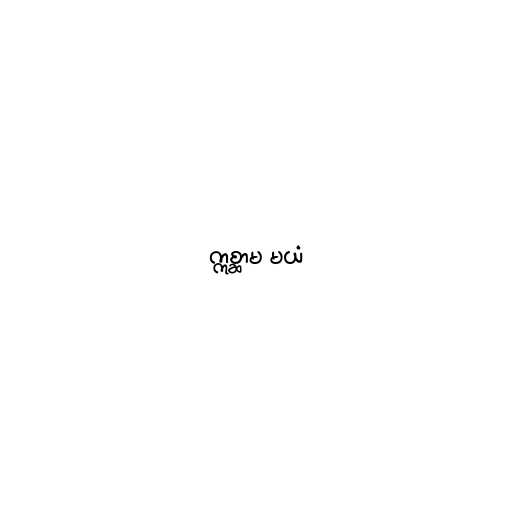
ဣစ္ဆာမ မယံ